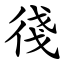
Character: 㣤